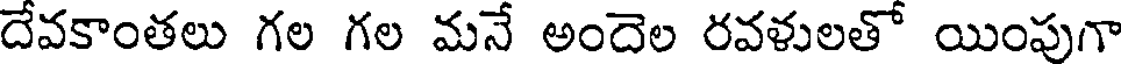
దేవకాంతలు గల గల మనే అందెల రవళులతో యింపుగా